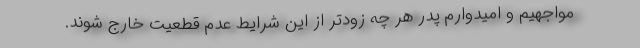
مواجهیم و امیدوارم پدر هر چه زودتر از این شرایط عدم قطعیت خارج شوند.